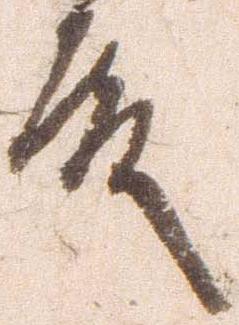
殿